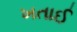
ખતાઈ